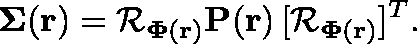
\mathbf { \Sigma } ( \mathbf { r } ) = \mathcal { R } _ { \mathbf { \Phi } ( \mathbf { r } ) } \mathbf { P } ( \mathbf { r } ) \, [ \mathcal { R } _ { \mathbf { \Phi } ( \mathbf { r } ) } ] ^ { T } .